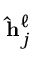
\mathbf { \hat { h } } _ { j } ^ { \ell }